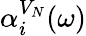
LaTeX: \alpha_{i}^{V_{N}}(\omega)